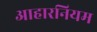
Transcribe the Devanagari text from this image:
आहारनियम